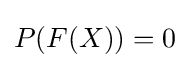
P(F(X))=0